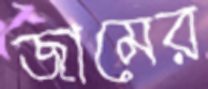
জামের